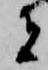
者